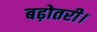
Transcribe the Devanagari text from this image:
बढ़ोतरी।